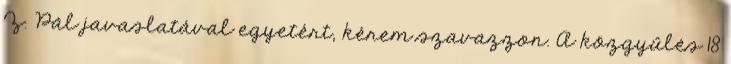
Z. Pál javaslatával egyetért, kérem szavazzon. A közgyűlés 18